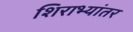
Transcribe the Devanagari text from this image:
शिराभ्यांतर